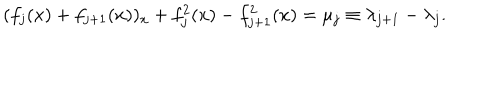
( f _ { j } ( x ) + f _ { j + 1 } ( x ) ) _ { x } + f _ { j } ^ { 2 } ( x ) - f _ { j + 1 } ^ { 2 } ( x ) = \mu _ { j } \equiv \lambda _ { j + 1 } - \lambda _ { j } .